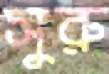
সুরু